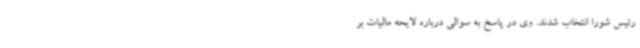
رئیس شورا انتخاب شدند. وی در پاسخ به سوالی درباره لایحه مالیات بر